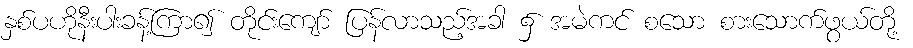
နှစ်ပဟိုနီးပါးခန့်ကြာ၍ တိုင်းကျော် ပြန်လာသည့်အခါ ၌ အမဲကင် စသော စားသောက်ဖွယ်တို့